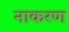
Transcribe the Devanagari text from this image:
नाकरण